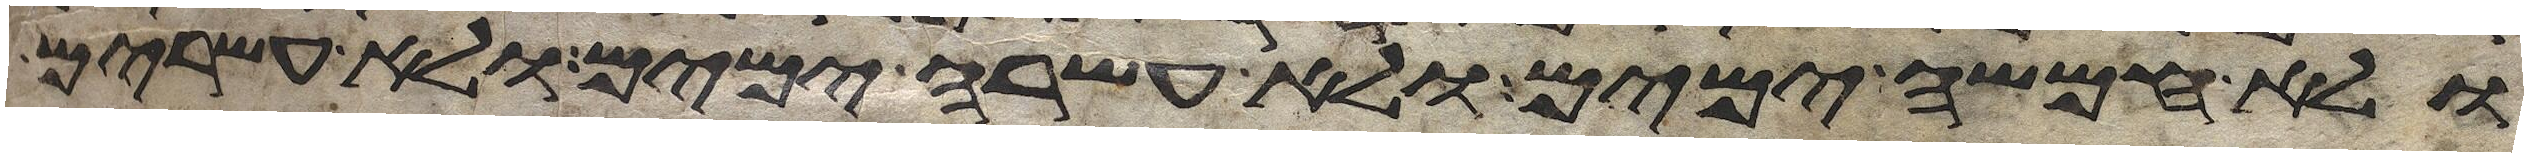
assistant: ולא חמשה ימים ולא עשרה ימים ולא עשרים